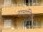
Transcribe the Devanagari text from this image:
सचांलित